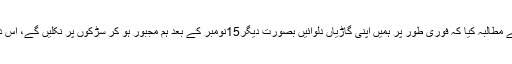
اُنہوں نے حکومت پاکستان اور کور کمانڈر خیبر پختونخوا سے مطالبہ کیا کہ فوری طور پر ہمیں اپنی گاڑیاں دلوائیں بصورت دیگر15نومبر کے بعد ہم مجبور ہو کر سڑکوں پر نکلیں گے، اس دوران کسی بھی نقصان کی ذمہ داری حکومت پر عائد ہو گی۔